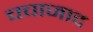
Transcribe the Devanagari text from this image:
चचाजाद